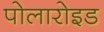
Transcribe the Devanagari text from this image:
पोलारोइड